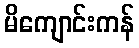
မိကျောင်းကန်